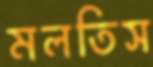
মলতিস